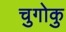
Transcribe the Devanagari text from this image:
चुगोकु